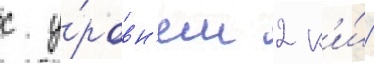
с у́ровн'ем 2 к'и́/